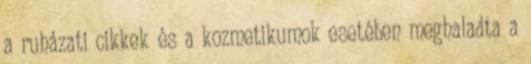
a ruházati cikkek és a kozmetikumok esetében meghaladta a